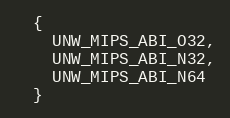
Language: C
  {
    UNW_MIPS_ABI_O32,
    UNW_MIPS_ABI_N32,
    UNW_MIPS_ABI_N64
  }